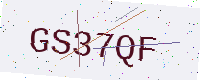
Text: GS37QF